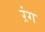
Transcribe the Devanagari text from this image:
ऱंग